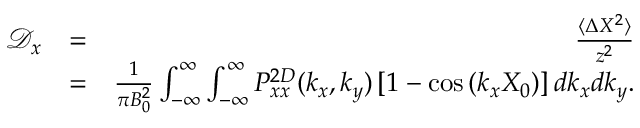
\begin{array} { r l r } { \mathcal { D } _ { x } } & { = } & { \frac { \langle \Delta X ^ { 2 } \rangle } { z ^ { 2 } } } \\ & { = } & { \frac { 1 } { \pi B _ { 0 } ^ { 2 } } \int _ { - \infty } ^ { \infty } \int _ { - \infty } ^ { \infty } P _ { x x } ^ { 2 D } ( k _ { x } , k _ { y } ) \left[ 1 - \cos \left( k _ { x } X _ { 0 } \right) \right] d k _ { x } d k _ { y } . } \end{array}